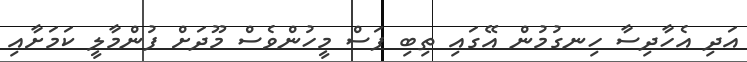
އަދި އެހާދިސާ ހިނގުމުން އޭގައި ތިބި ފަސް މީހުންވެސް މޫދަށް ފުންމާލީ ކަމަށާއި